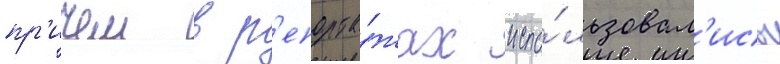
пр'ичем в р'епорта́жах испо́льзовал'ись